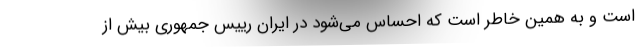
است و به همین خاطر است که احساس می‌شود در ایران رییس جمهوری بیش از